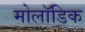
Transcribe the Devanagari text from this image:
मोलॉडिक